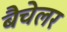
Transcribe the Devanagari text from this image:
बैचेलर